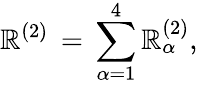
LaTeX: \mathbb{R}^{(2)}\, =\, \sum_{\alpha=1}^{4}\mathbb{R}_{\alpha}^{(2)},